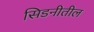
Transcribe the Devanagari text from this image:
सिडनीतील